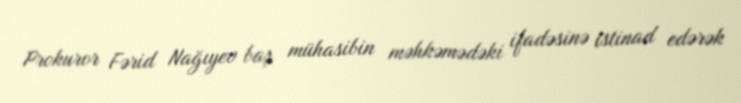
Prokuror Fərid Nağıyev baş mühasibin məhkəmədəki ifadəsinə istinad edərək